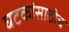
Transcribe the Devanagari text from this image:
घटकांसाठीच